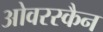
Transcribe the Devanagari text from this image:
ओवरस्कैन